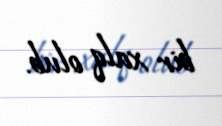
bir xalq olub.